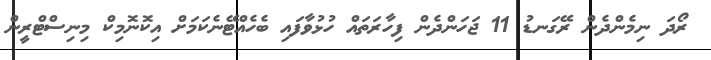
ރޯދަ ނިމެންދެން ރޭގަނޑު 11 ޖަހަންދެން ފިހާރަތައް ހުޅުވާފައި ބެހެއްޓޭނެކަމަށް އިކޮނޮމިކް މިނިސްޓްރީން